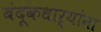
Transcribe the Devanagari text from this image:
बंदूकधाऱ्यांना